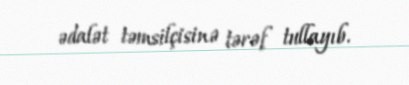
ədalət təmsilçisinə tərəf tullayıb.